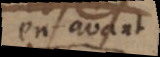
en avant